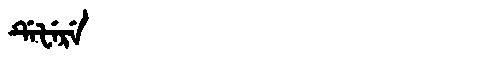
Manchu: ᡩᡝᡶᡝᡵᡝ
Romanization: DEFERE